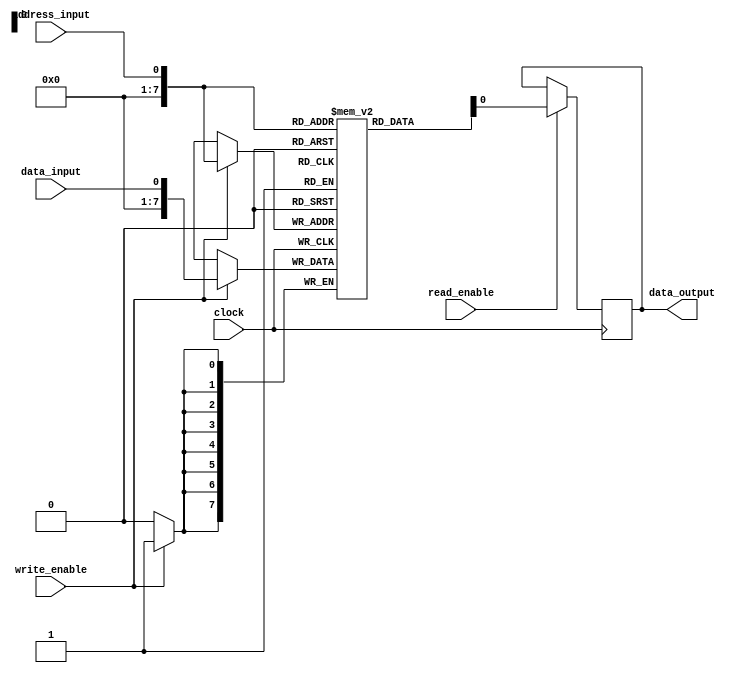
module SDRAM (
    input data_input,
    input address_input,
    input write_enable,
    input read_enable,
    input clock,
    output reg data_output
);

reg [7:0] memory [0:255]; // Memory block with 256 locations of 8-bit data

always @(posedge clock) begin
    if(write_enable) begin
        memory[address_input] <= data_input;
    end
    
    if(read_enable) begin
        data_output <= memory[address_input];
    end
end

endmodule